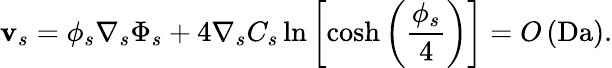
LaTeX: \mathbf{v}_{s}=\phi_{s}\nabla_{s}\Phi_{s}+4\nabla_{s}C_{s}\ln\left[\cosh\left(\frac{\phi_{s}}{4}\right)\right]=O\left(\mathrm{Da}\right).